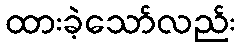
ထားခဲ့သော်လည်း